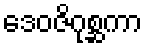
ဒေဝဇိဂုစ္ဆကာ